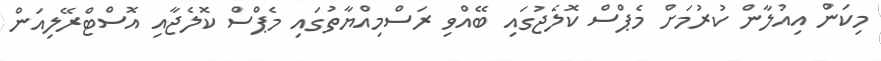
މިކަން އިއުލާން ކުރުމަށް މެޕްސް ކޮލެޖުގައި ބޭއްވި ރަސްމިއްޔާތުގައި މެޕްސް ކޮލެޖާއި އޮސްޓްރޭލިއަން